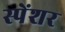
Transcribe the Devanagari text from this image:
स्पेंशर